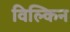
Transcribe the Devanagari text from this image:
विल्किन